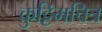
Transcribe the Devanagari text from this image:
कुट्टिमचित्र